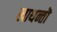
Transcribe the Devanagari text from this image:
खाथन्तॊ